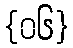
{၀၆}